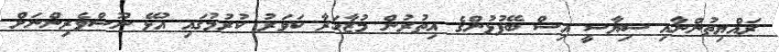
ރައްޔިތުންނާއި ސިޔާސީ އިސް ބޭފުޅުންގެ އިތުރުން މުޒާހަރާ ކަވަރު ކުރުމުގައި އުޅޭ ނޫސްވެރިންނަށް